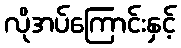
လိုအပ်ကြောင်းနှင့်